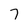
Character: 7